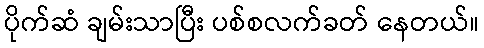
ပိုက်ဆံ ချမ်းသာပြီး ပစ်စလက်ခတ် နေတယ်။